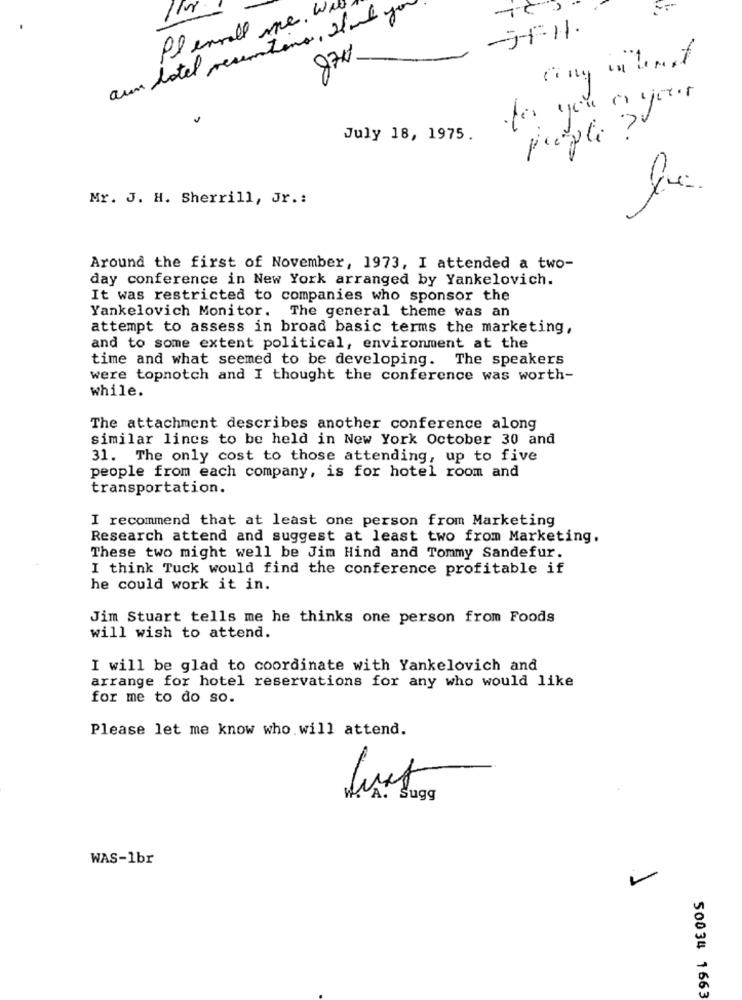
aun hotel resentino, I od yo
Plencall me. W.
-JFHI.
·for you or your
July 18, 1975.
=
Mr. J. H. Sherrill, Jr .:
Around the first of November, 1973, I attended a two-
day conference in New York arranged by Yankelovich.
It was restricted to companies who sponsor the
Yankelovich Monitor. The general theme was an
attempt to assess in broad basic terms the marketing,
and to some extent political, environment at the
time and what seemed to be developing. The speakers
were topnotch and I thought the conference was worth-
while.
The attachment describes another conference along
similar lincs to be held in New York October 30 and
31. The only cost to those attending, up to five
people from each company, is for hotel room and
transportation.
I recommend that at least one person from Marketing
Research attend and suggest at least two from Marketing.
These two might well be Jim Hind and Tommy Sandefur.
I think Tuck would find the conference profitable if
he could work it in.
Jim Stuart tells me he thinks one person from Foods
will wish to attend.
I will be glad to coordinate with Yankelovich and
arrange for hotel reservations for any who would like
for me to do so.
Please let me know who will attend.
VA. Sugg
WAS-1br
50034 1663